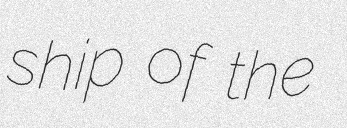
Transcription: ship of the